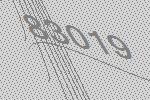
83019